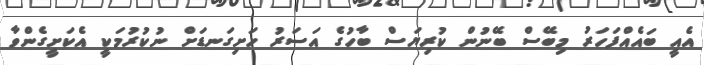
އެއީ ބައެއްފަހަރު މިބޭސް ބޭނުން ކުރިޔަސް ބާހުގެ އަސަރު ހަށިގަނޑަށް ނުކުރުމަކީ އެކަށީގެންވާ